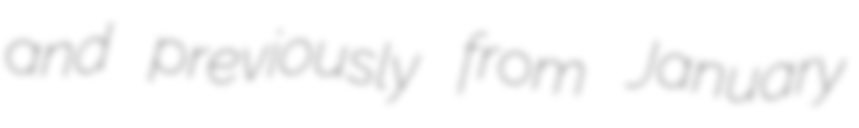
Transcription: and previously from January